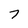
Character: 7